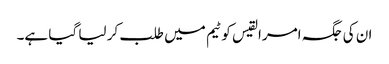
ان کی جگہ امرالقیس کو ٹیم میں طلب کر لیا گیا ہے۔